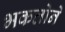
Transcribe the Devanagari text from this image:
भकतोने